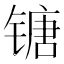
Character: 𰾯